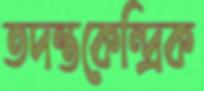
তদন্তকেন্দ্রিক